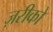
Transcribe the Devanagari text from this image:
ज़रीको